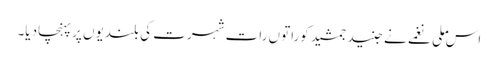
اس ملی نغمے نے جنید جمشید کوراتوں رات شہرت کی بلندیوں پر پہنچادیا۔